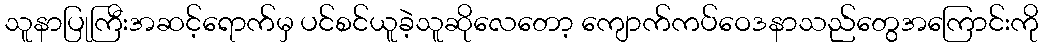
သူနာပြုကြီးအဆင့်ရောက်မှ ပင်စင်ယူခဲ့သူဆိုလေတော့ ကျောက်ကပ်ဝေဒနာသည်တွေအကြောင်းကို